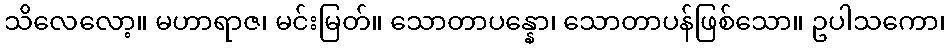
သိလေလော့။ မဟာရာဇ၊ မင်းမြတ်။ သောတာပန္နော၊ သောတာပန်ဖြစ်သော။ ဥပါသကော၊